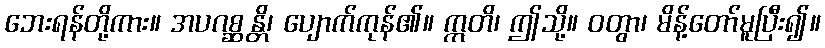
ဘေးရန်တို့ကား။ အပဂစ္ဆန္တိ၊ ပျောက်ကုန်၏။ ဣတိ၊ ဤသို့။ ဝတွာ၊ မိန့်တော်မူပြီး၍။